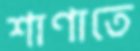
শাণাতে